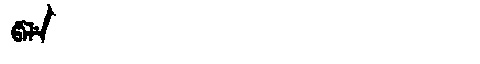
Manchu: ᡦᡝᠯᡝ
Romanization: PELE